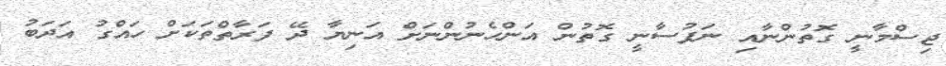
ޖިސްމާނީ ގޮތުންނާއި ނަފުސާނީ ގޮތުން އަންހެނުންނަށް އަނިޔާ ދޭ ފަރާތްތަކަށް ހައްގު އަދަބު